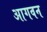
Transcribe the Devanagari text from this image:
आगवन